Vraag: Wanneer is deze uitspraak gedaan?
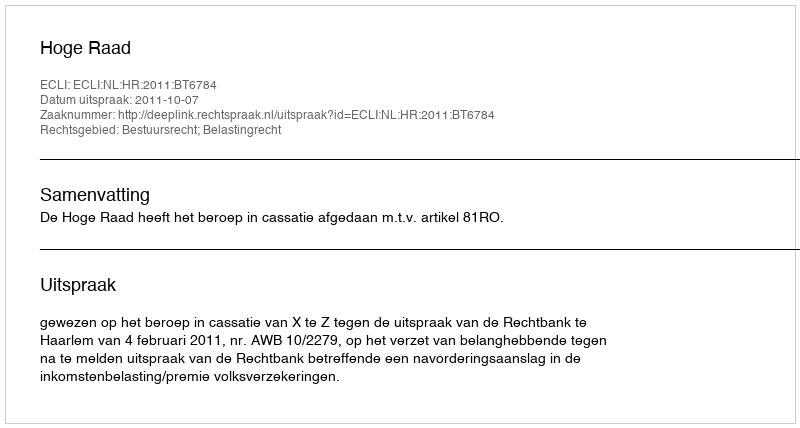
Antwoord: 2011-10-07